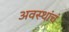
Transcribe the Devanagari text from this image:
अवस्थांचं